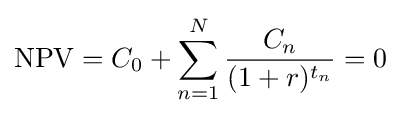
\operatorname {NPV} =C_{0}+\sum _{n=1}^{N}{\frac {C_{n}}{(1+r)^{t_{n}}}}=0